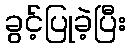
ခွင့်ပြုခဲ့ပြီး